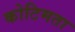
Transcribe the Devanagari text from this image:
कोटिमता